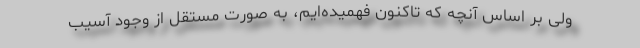
ولی بر اساس آنچه که تاکنون فهمیده‌ایم، به صورت مستقل از وجود آسیب